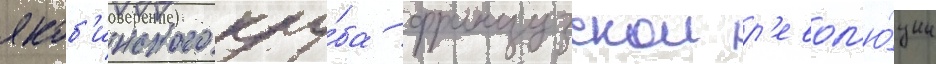
якоб'инского клу́ба французскои р'евол'ю́ции